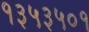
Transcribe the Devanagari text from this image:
१३५३५०१